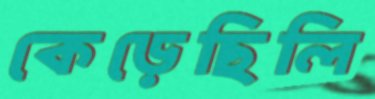
কেড়েছিলি